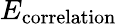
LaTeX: E_{\mathrm{correlation}}